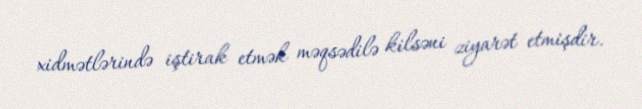
xidmətlərində iştirak etmək məqsədilə kilsəni ziyarət etmişdir.